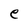
Character: e